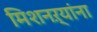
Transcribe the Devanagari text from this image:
मिशनऱ्यांना